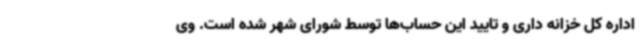
اداره کل خزانه داری و تایید این حساب‌ها توسط شورای شهر شده است. وی